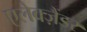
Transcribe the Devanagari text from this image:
एलेक्ज़ैंडर